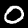
Label: 0